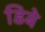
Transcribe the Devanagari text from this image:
डिबे